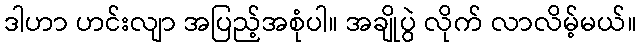
ဒါဟာ ဟင်းလျာ အပြည့်အစုံပါ။ အချိုပွဲ လိုက် လာလိမ့်မယ်။